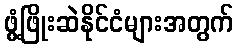
ဖွံ့ဖြိုးဆဲနိုင်ငံများအတွက်